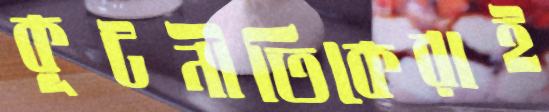
কূটনীতিকেরাই